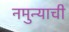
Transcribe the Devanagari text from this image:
नमुन्याची